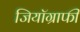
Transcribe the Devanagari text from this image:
जियॉग्राफी